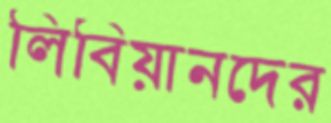
লিবিয়ানদের